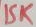
Text: 15K